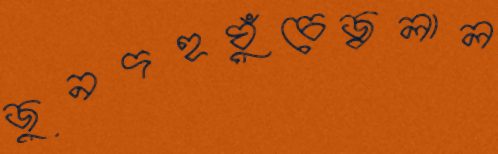
জুনদহঘুঁচেজ্বলাল